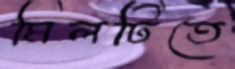
মিলটিতে